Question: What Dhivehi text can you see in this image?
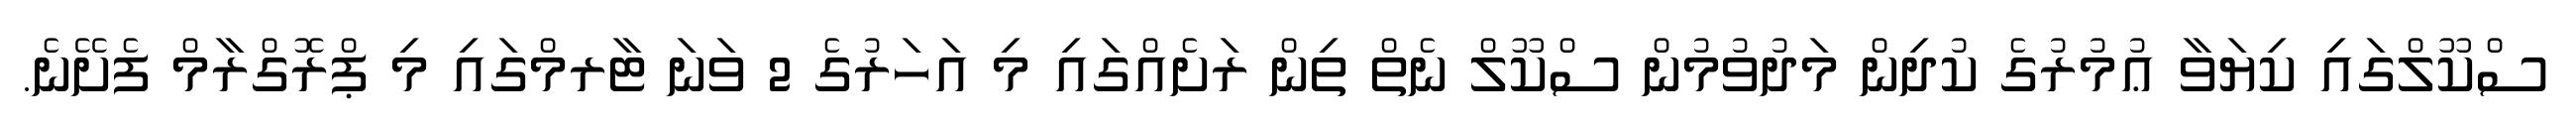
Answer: ސްކޫލްގައި ކިޔަވާ ޢުމުރުގެ ކުދިން މަދުވުމުން ސްކޫލް ނެތް ތިން ރަށެއްގައި މި އަހަރުގެ 2 ވަނަ ޓާރމްގައި މި ޕްރޮގްރާމް ފެށޭނެ.